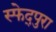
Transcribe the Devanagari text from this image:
स्फेद्पुरा